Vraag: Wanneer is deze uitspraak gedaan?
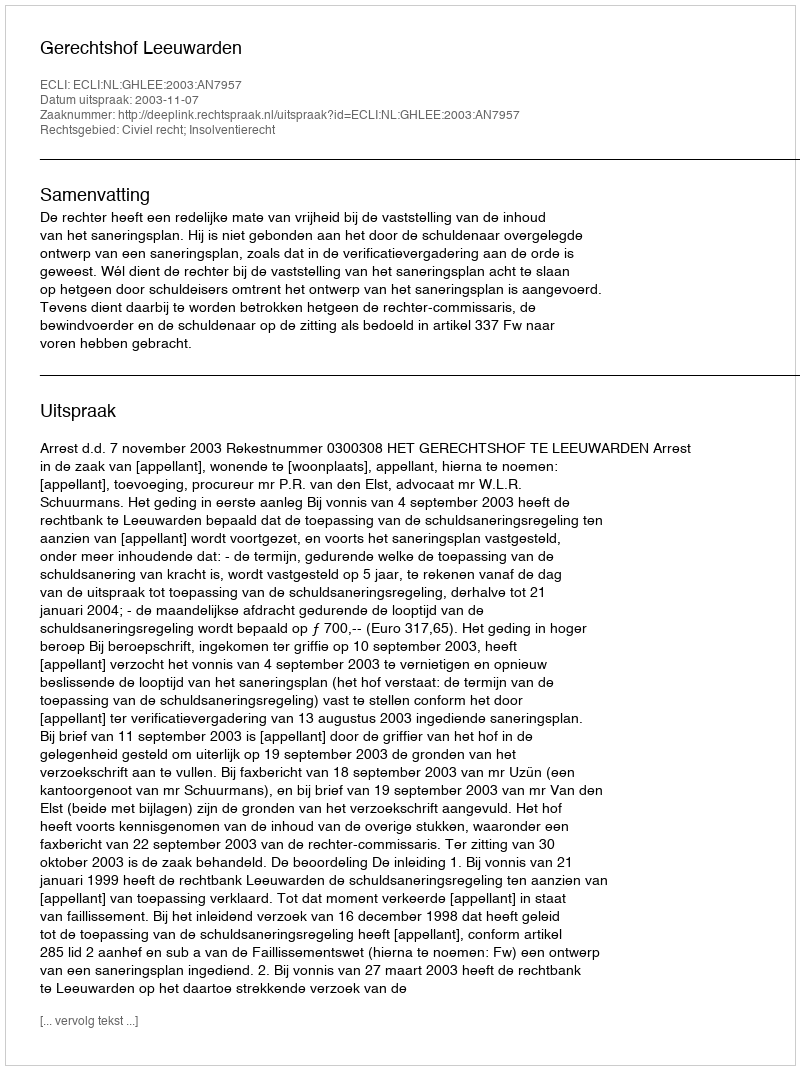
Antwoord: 2003-11-07